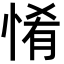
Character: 𢛘